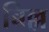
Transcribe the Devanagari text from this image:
बिल्ल